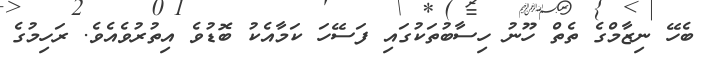
ބެހޭ ނިޒާމްގެ ތެތް ހޫނު ހިސާބުތަކުގައި ފަސޭހަ ކަމާއެކު ބޮޑުވެ އިތުރުވެއެވެ. ރަހިމުގެ